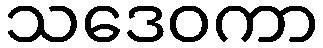
သဒေဝကာ